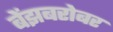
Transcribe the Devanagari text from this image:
बेंझबरोबर